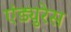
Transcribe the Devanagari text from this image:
एंड्युरेस